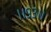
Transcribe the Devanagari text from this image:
।।९३।।